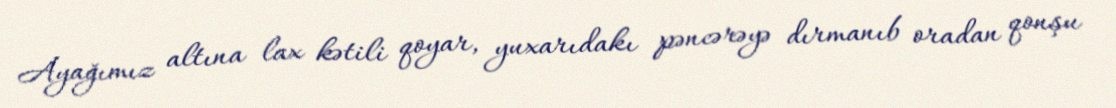
Ayağımız altına lax kətili qoyar, yuxarıdakı pəncərəyə dırmanıb oradan qonşu